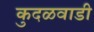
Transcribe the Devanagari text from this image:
कुदळवाडी